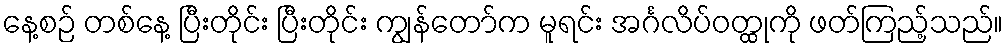
နေ့စဉ် တစ်နေ့ ပြီးတိုင်း ပြီးတိုင်း ကျွန်တော်က မူရင်း အင်္ဂလိပ်ဝတ္ထုကို ဖတ်ကြည့်သည်။